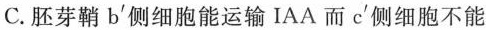
C. 胚芽鞘b^{'} 侧细胞能运输IAA而c^{'} 侧细胞不能